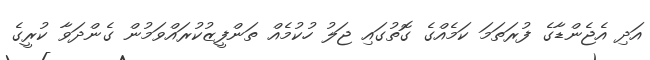
އަދި އެޖެންޑާގެ ފުރަތަމަ ކަމެއްގެ ގޮތުގައި ޖަލު ހުކުމެއް ތަންފީޒުކުރައްވަމުން ގެންދަވާ ކުރީގެ